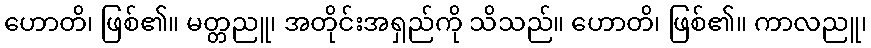
ဟောတိ၊ ဖြစ်၏။ မတ္တညူ၊ အတိုင်းအရှည်ကို သိသည်။ ဟောတိ၊ ဖြစ်၏။ ကာလညူ၊